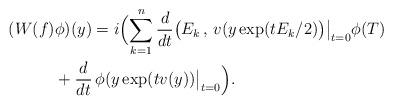
LaTeX: \begin{align*}(W(f)&\phi )(y)=i\Bigl( \sum_{k=1}^n {\frac {d}{dt}}\bigl(E_k\,,\, v(y\exp(tE_k/2)\bigr)\bigr \vert_{t=0}\phi (T)\\&+{\frac {d}{dt}}\,\phi (y\exp (tv(y))\bigr \vert_{t=0} \Bigr).\end{align*}